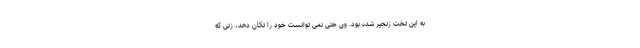
به این تخت زنجیر شده بود. وی حتی نمی توانست خود را تکان دهد، زنی که